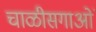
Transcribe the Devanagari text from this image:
चाळीसगाओं